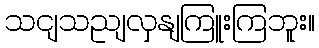
သငျသညျလှနျကြူးကြဘူး။